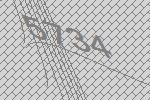
5734